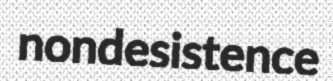
nondesistence